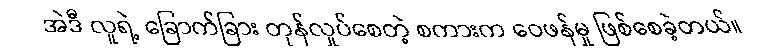
အဲဒီ လူရဲ့ ခြောက်ခြား တုန်လှုပ်စေတဲ့ စကားက ဝေဖန်မှု ဖြစ်စေခဲ့တယ်။